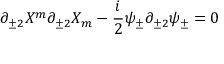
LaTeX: \partial _ { \pm 2 } X ^ { m } \partial _ { \pm 2 } X _ { m } - \frac { i } { 2 } \psi _ { \pm } \partial _ { \pm 2 } \psi _ { \pm } = 0